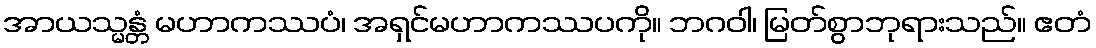
အာယသ္မန္တံ မဟာကဿပံ၊ အရှင်မဟာကဿပကို။ ဘဂဝါ၊ မြတ်စွာဘုရားသည်။ ဧတံ